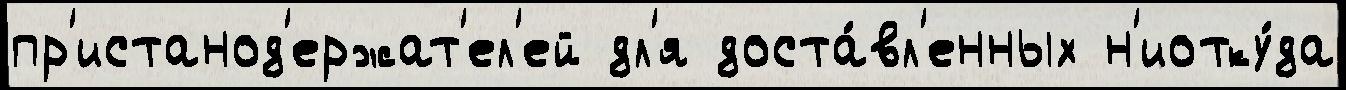
пр'истанод'ержат'ел'ей дл'я доста́вл'енных н'иотку́да